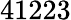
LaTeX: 41223